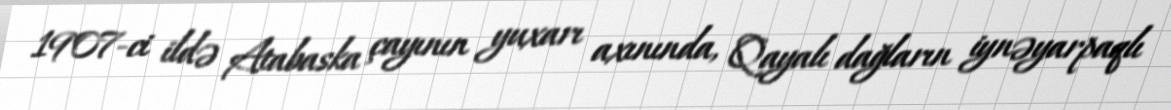
1907-ci ildə Atabaska çayının yuxarı axınında, Qayalı dağların iynəyarpaqlı